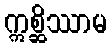
ဣစ္ဆိဿာမ